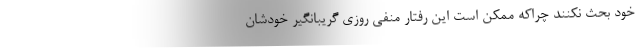
خود بحث نکنند چراکه ممکن است این رفتار منفی روزی گریبانگیر خودشان